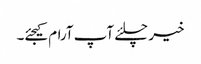
خیر چلئے آپ آرام کیجئے۔